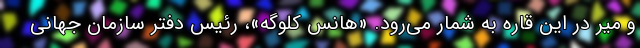
و میر در این قاره به شمار می‌رود. «هانس کلوگه»، رئیس دفتر سازمان جهانی